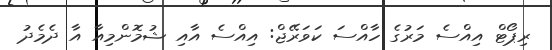
ރިޕޯޓް އިއްސެ މަރުގެ ހާއްސަ ކަވަރޭޖް: އިއްސެ އާއި ޝުމޮންމިއާ އާ ދެމެދު